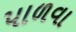
પાળવા